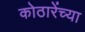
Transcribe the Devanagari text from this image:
कोठारेंच्या